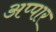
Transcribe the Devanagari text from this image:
अप्पार